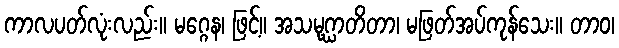
ကာလပတ်လုံးလည်း။ မဂ္ဂေန၊ ဖြင့်။ အသမုဂ္ဃာတိတာ၊ မဖြတ်အပ်ကုန်သေး။ တာဝ၊